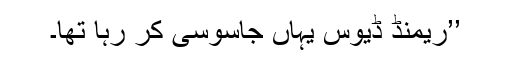
’’ریمنڈ ڈیوس یہاں جاسوسی کر رہا تھا۔